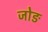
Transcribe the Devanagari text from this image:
जोङ